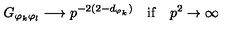
G _ { \varphi _ { k } \varphi _ { l } } \longrightarrow p ^ { - 2 ( 2 - d _ { \varphi _ { k } } ) } \quad \mathrm { i f } \quad p ^ { 2 } \to \infty